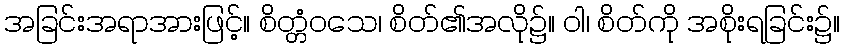
အခြင်းအရာအားဖြင့်။ စိတ္တံဝသေ၊ စိတ်၏အလို၌။ ဝါ၊ စိတ်ကို အစိုးရခြင်း၌။